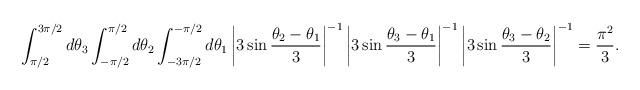
LaTeX: \begin{align*}\int_{\pi/2}^{3\pi/2} d \theta_3 \int_{-\pi/2}^{\pi/2} d \theta_2 \int_{-3\pi/2}^{-\pi/2} d \theta_1 \left| 3 \sin \frac{\theta_2-\theta_1}{3} \right|^{-1} \left| 3 \sin \frac{\theta_3-\theta_1}{3} \right|^{-1} \left| 3 \sin \frac{\theta_3-\theta_2}{3} \right|^{-1} = \frac{\pi^2}{3}.\end{align*}